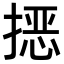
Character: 𭡵